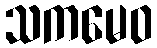
သကမေဝ